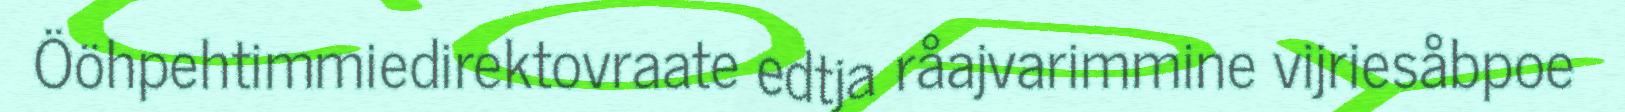
Ööhpehtimmiedirektovraate edtja råajvarimmine vijriesåbpoe